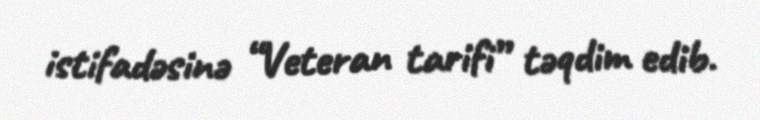
istifadəsinə “Veteran tarifi” təqdim edib.